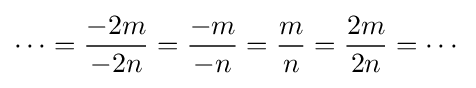
\cdots ={\frac {-2m}{-2n}}={\frac {-m}{-n}}={\frac {m}{n}}={\frac {2m}{2n}}=\cdots